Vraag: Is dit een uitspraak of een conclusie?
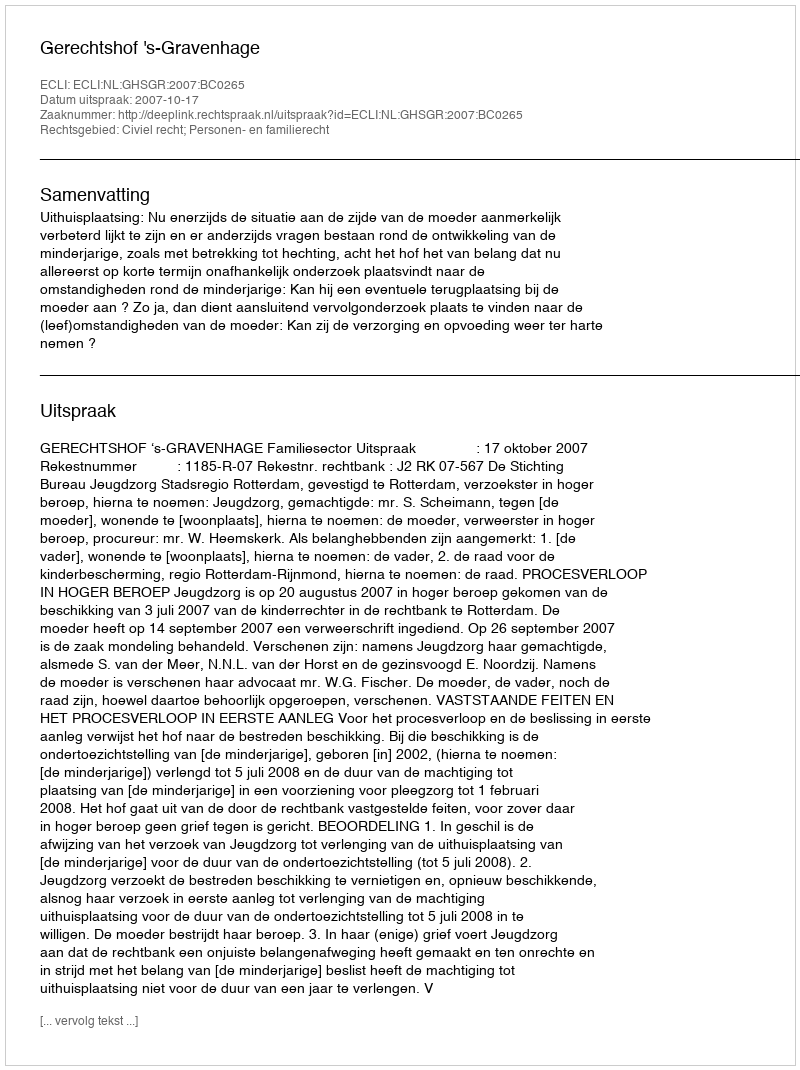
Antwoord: Uitspraak